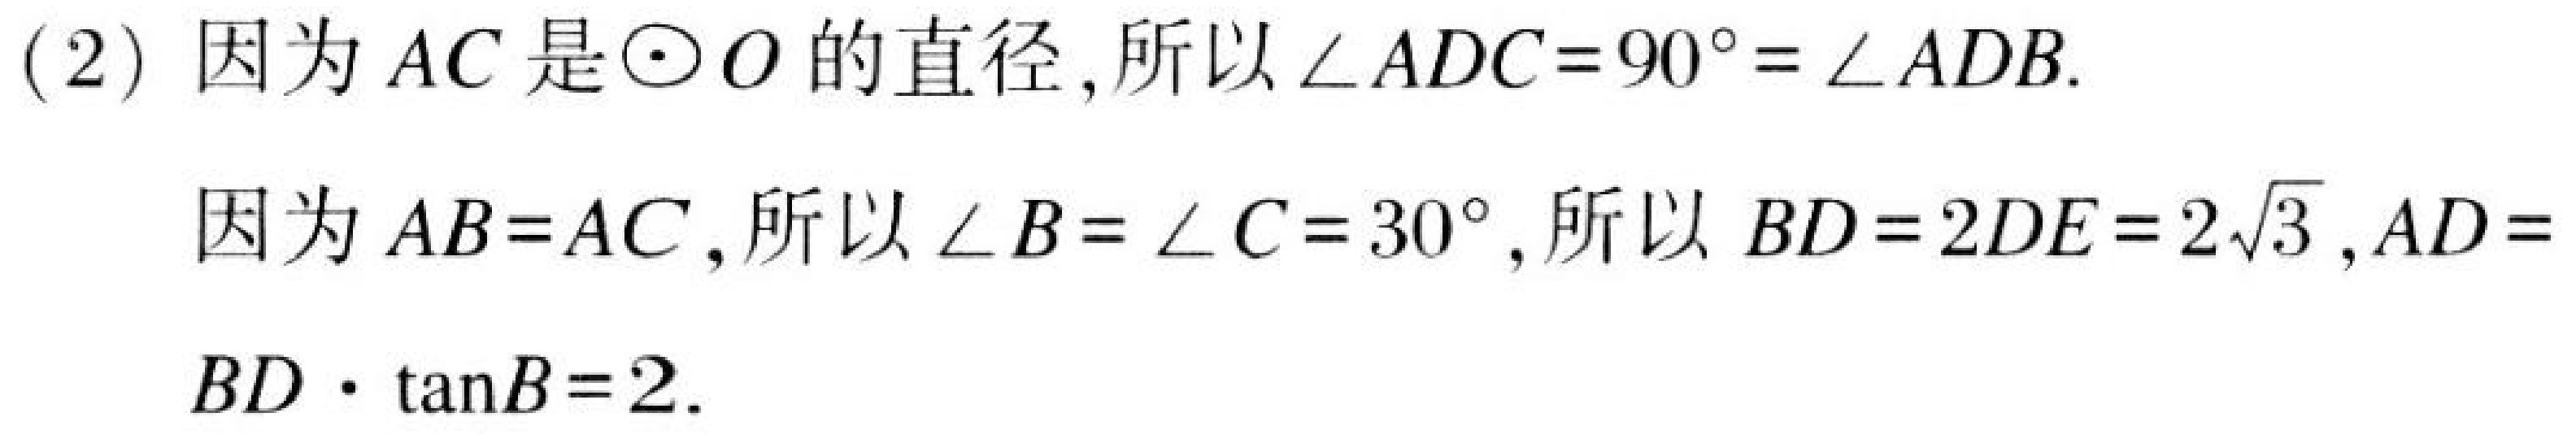
(2) 因为 \(AC\) 是\(\odot O\)的直径,所以\(\angle ADC = 90^{\circ}=\angle ADB\).

因为 \(AB = AC\),所以\(\angle B=\angle C = 30^{\circ}\),所以 \(BD = 2DE=2\sqrt{3},AD = BD\cdot\tan B = 2\).